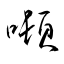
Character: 噸